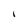
Character: I